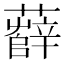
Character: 𧃎